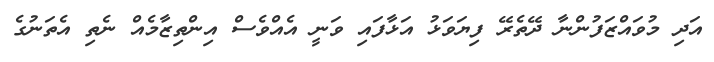
އަދި މުވައްޒަފުންނާ ދޭތެރޭ ފިޔަވަޅު އަޅާފައި ވަނީ އެއްވެސް އިންތިޒާމެއް ނެތި އެތަނުގެ